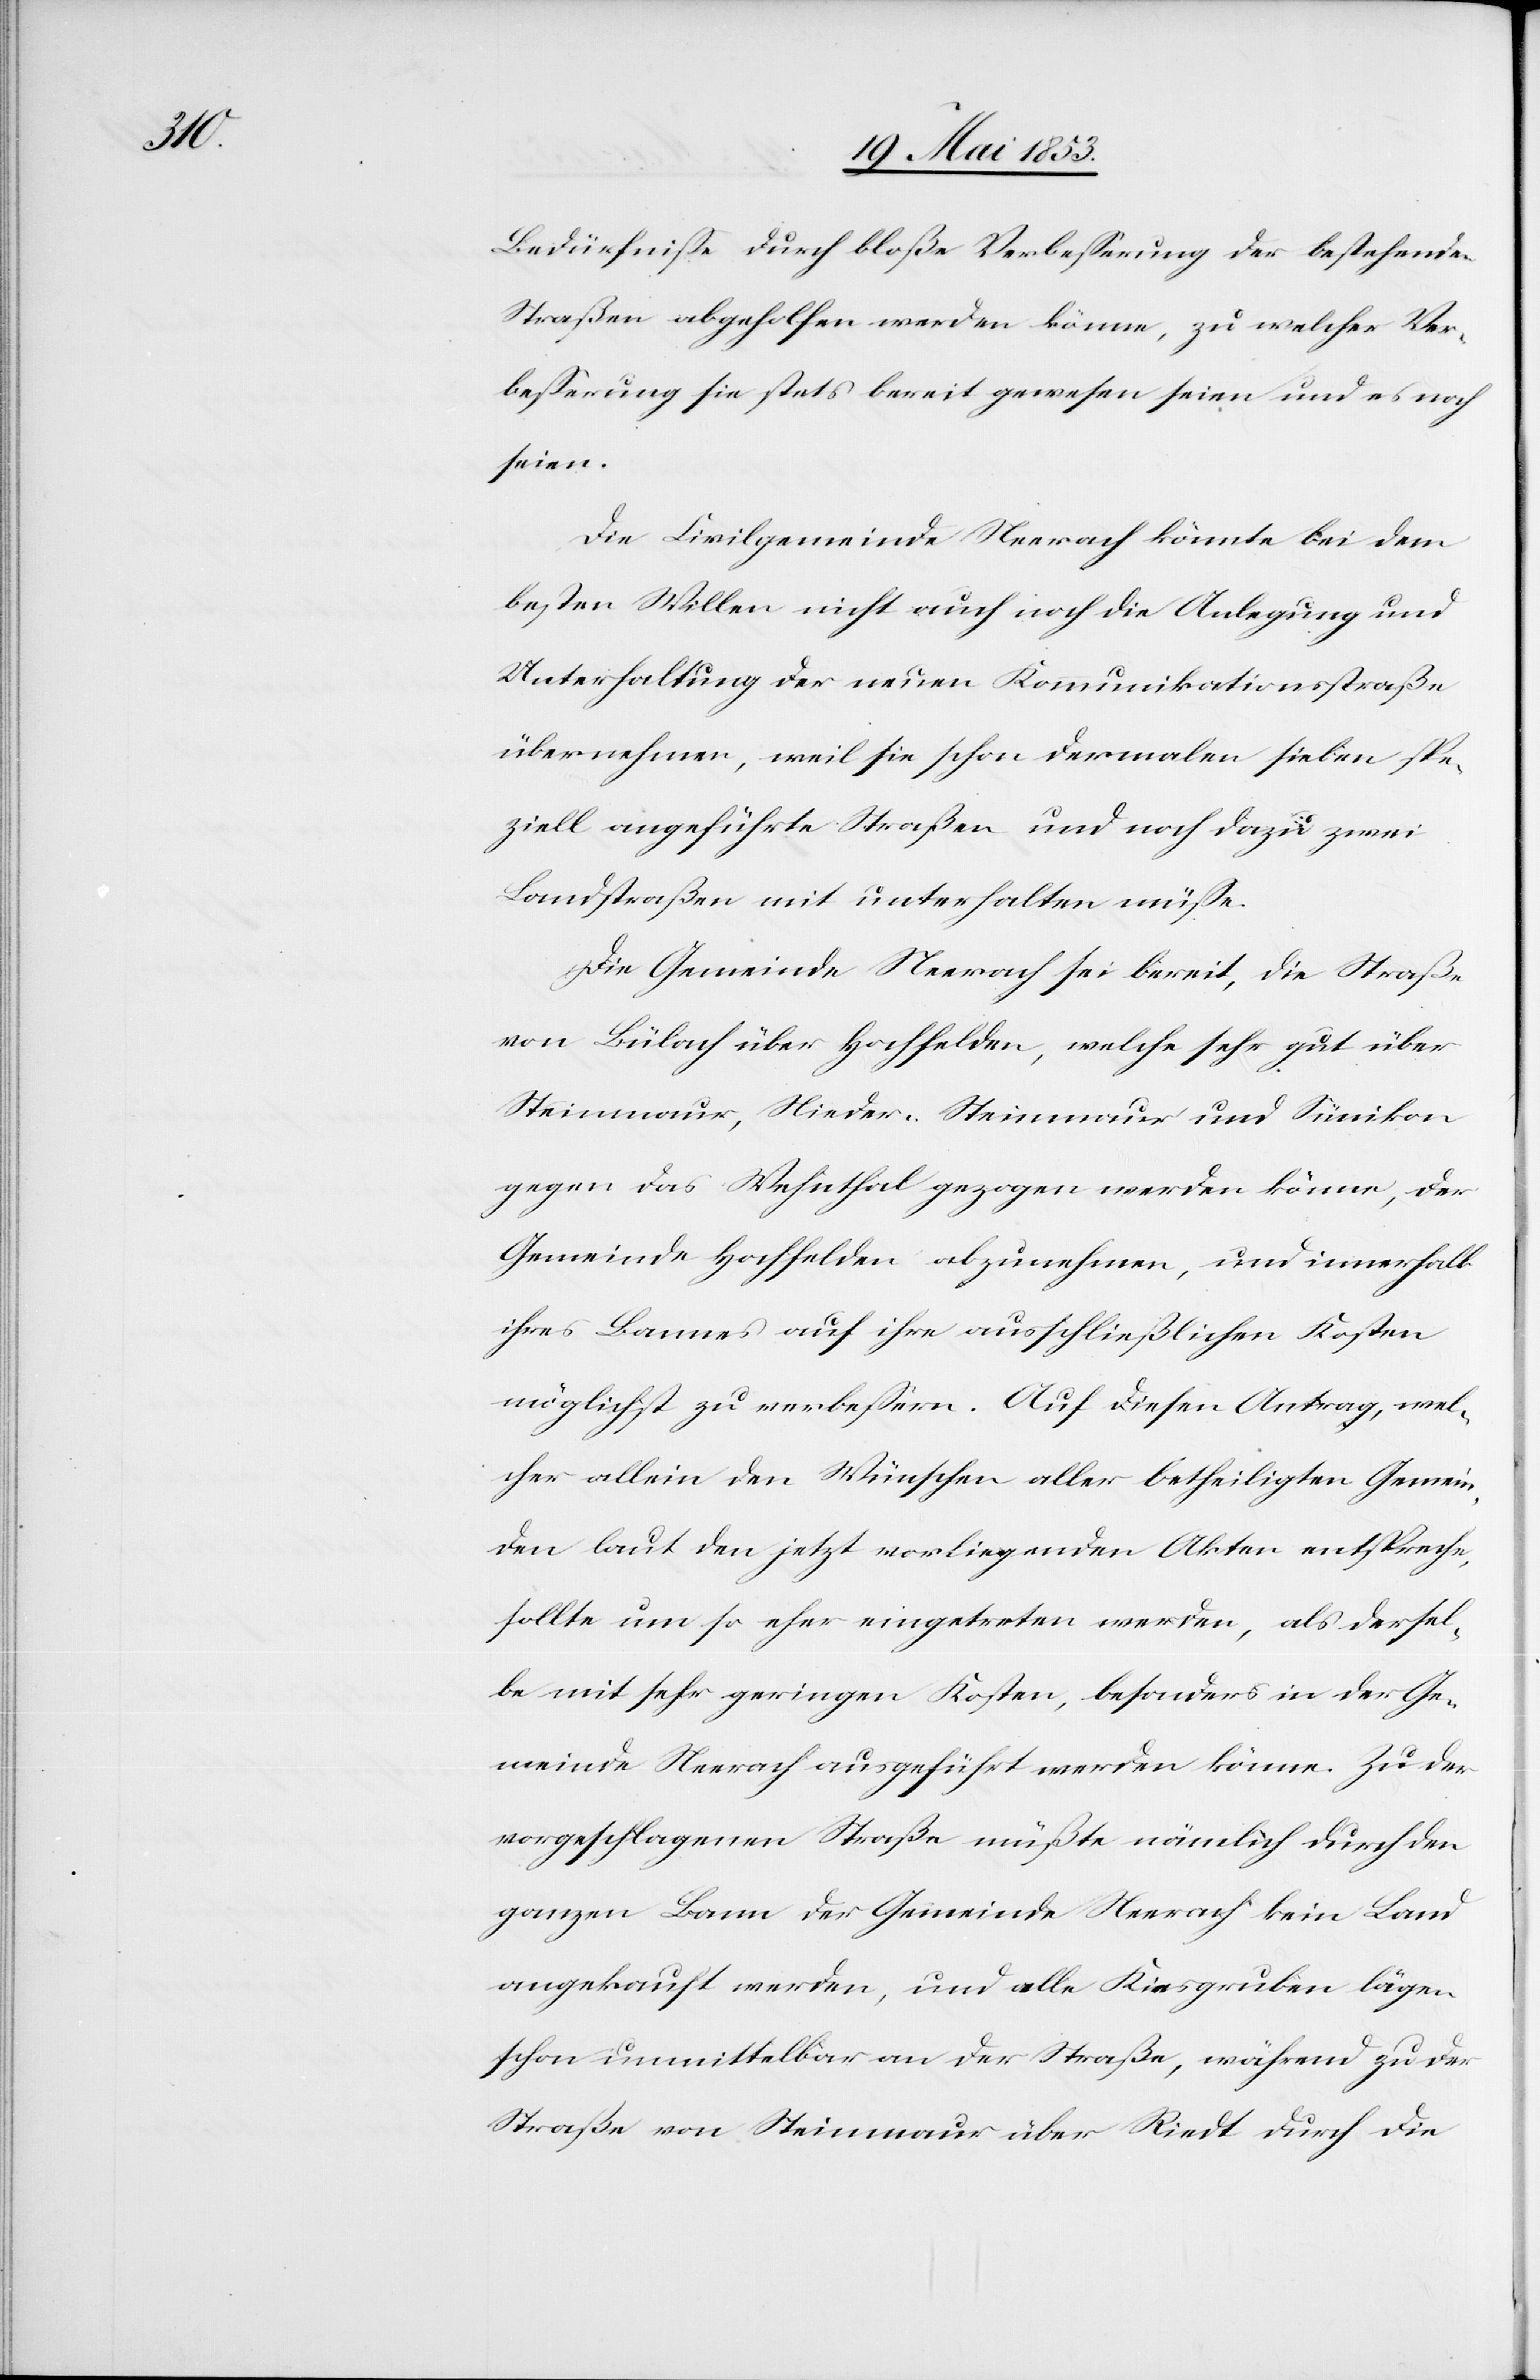
Bedürfniße durch bloße Verbeßerung der bestehenden
Straßen abgeholfen werden könne, zu welcher Ver¬
beßerung sie stets bereit gewesen seien und es noch
seien.
Die Civilgemeinde Neerach könnte bei dem
besten Willen nicht auch noch die Anlegung und
Unterhaltung der neuen Kommunikationsstraße
übernehmen, weil sie schon dermalen sieben spe¬
ziell angeführte Straßen und noch dazu zwei
Landstraßen mit unterhalten müße.
Die Gemeinde Neerach sei bereit, die Straße
von Bülach über Hochfelden, welche sehr gut über
Steinmaur, Nieder-Steinmaur und Sümikon
gegen das Wehnthal gezogen werden könne, der
Gemeinde Hochfelden abzunehmen, und innerhalb
ihres Bannes auf ihre ausschließlichen Kosten
möglichst zu verbeßern. Auf diesen Antrag, wel¬
cher allein den Wünschen aller betheiligten Gemein¬
den laut den jetzt vorliegenden Akten entspreche,
sollte um so eher eingetreten werden, als dersel¬
be mit sehr geringen Kosten, besonders in der Ge¬
meinde Neerach ausgeführt werden könne. Zu der
vorgeschlagenen Straße müßte nämlich durch den
ganzen Bann der Gemeinde Neerach kein Land
angekauft werden, und alle Kiesgruben lägen
schon unmittelbar an der Straße, während zu der
Straße von Steinmaur über Riedt durch die